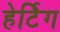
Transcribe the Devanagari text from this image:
हेर्टिग